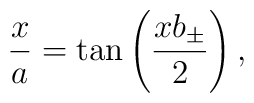
\frac{x}{a}=\tan\left(\frac{xb_\pm}{2}\right) ,